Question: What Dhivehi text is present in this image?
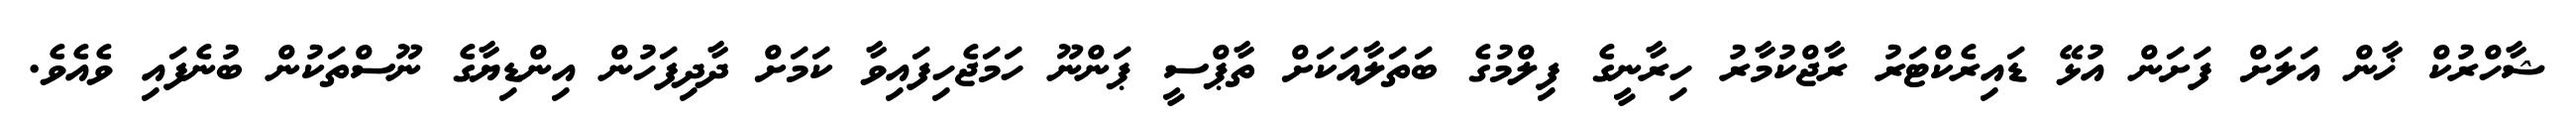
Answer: ޝާހްރުކް ޚާން އަލަށް ފަށަން އުޅޭ ޑައިރެކްޓަރު ރާޖްކުމާރު ހިރާނީގެ ފިލްމުގެ ބަތަލާއަކަށް ތާޕްސީ ޕަންނޫ ހަމަޖެހިފައިވާ ކަމަށް ދާދިފަހުން އިންޑިޔާގެ ނޫސްތަކުން ބުނެފައި ވެއެވެ.